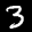
Label: 3